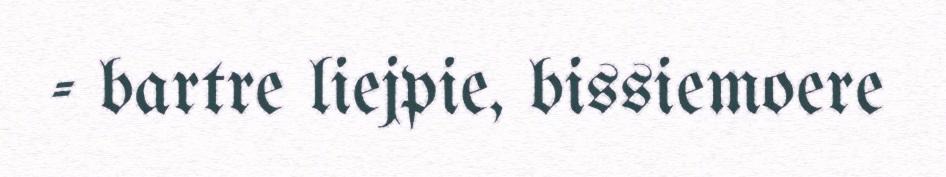
- bartre liejpie, bissiemoere